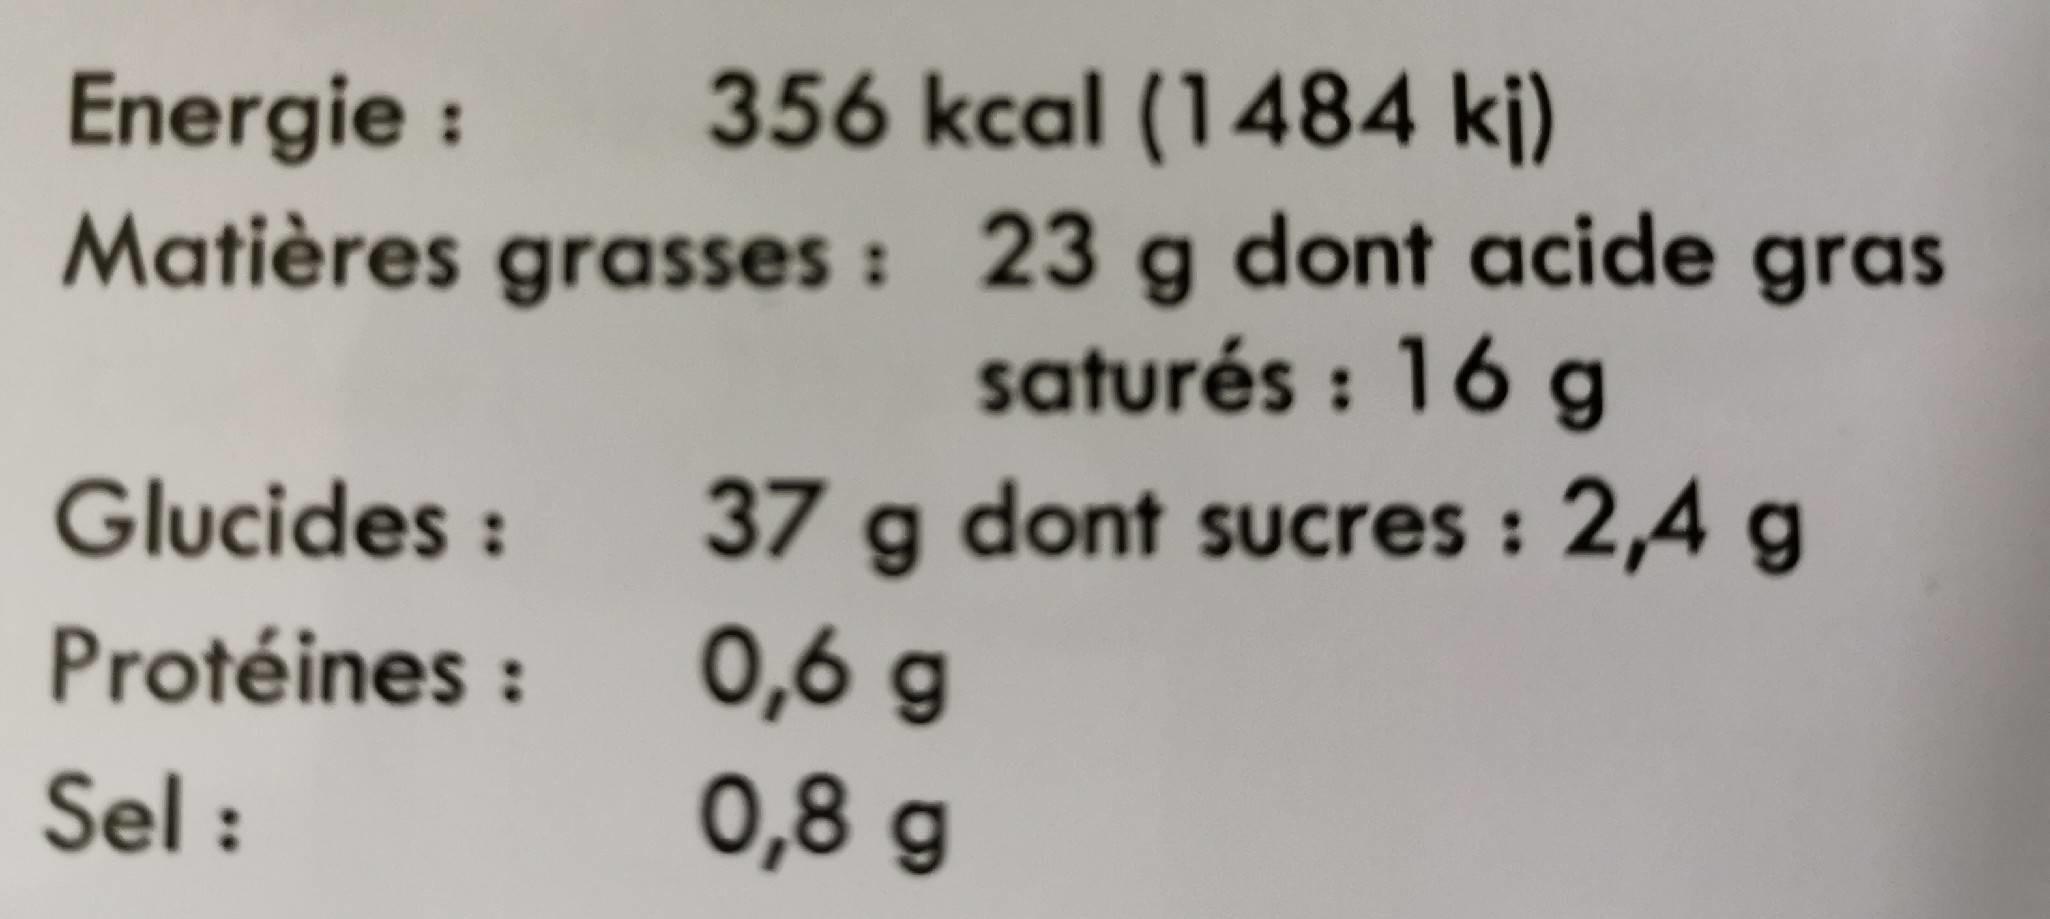
356 kcal (1484 kj)
Energie : Matières grasses : 23
dont acide gras
saturés : 16 g
Glucides :
37 g dont sucres : 2,4 g
0,6 g 0,8 g
Protéines :
Sel :